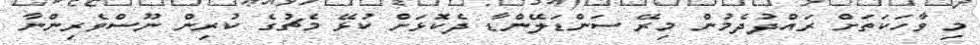
މި ވާހަކަތަށް ރައްދުދެމުން މިރޭ ސަންޑަލޭންޑާ ދެކޮޅަށް ކުޅޭ މެޗުގެ ކުރިން ނޫސްވެރިންނާ